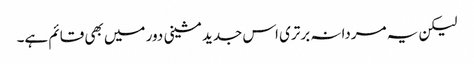
لیکن یہ مردانہ برتری اس جدید مشینی دور میں بھی قائم ہے۔